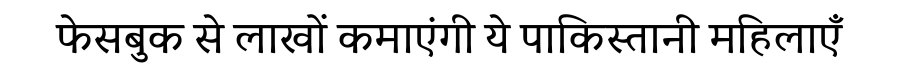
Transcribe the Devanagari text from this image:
फेसबुक से लाखों कमाएंगी ये पाकिस्तानी महिलाएँ